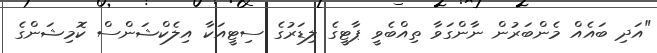
"އަދި ބައެއް މެންބަރުން ނާންގަވާ ތިއްބެވީ ޕާޓީގެ ލިޑަރުގެ ސިޓީއަކާ އިލެކްޝަންސް ކޮމިޝަންގެ